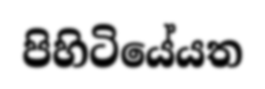
පිහිටියේයත